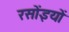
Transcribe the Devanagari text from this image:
रसोंइयों